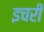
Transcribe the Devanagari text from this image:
इचरी